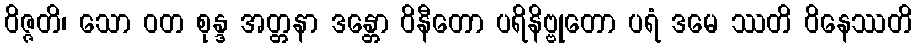
ဝိဇ္ဇတိ၊ သော ဝတ စုန္ဒ အတ္တနာ ဒန္တော ဝိနီတော ပရိနိဗ္ဗုတော ပရံ ဒမေ ဿတိ ဝိနေဿတိ